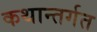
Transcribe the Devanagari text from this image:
कथान्तर्गत